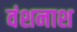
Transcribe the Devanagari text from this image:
वंशनाश